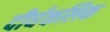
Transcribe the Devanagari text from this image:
दीर्घकलिक